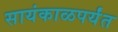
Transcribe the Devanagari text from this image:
सायंकाळपर्यंत